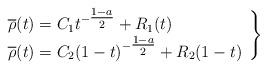
LaTeX: \begin{align*} \left. \begin{array}{l} \overline \rho(t) = C_1 t^{- \tfrac{1-a}2} + R_1(t) \\ \overline \rho(t) = C_2 (1-t)^{- \tfrac{1-a}2} + R_2(1-t) \end{array} \right\} \end{align*}